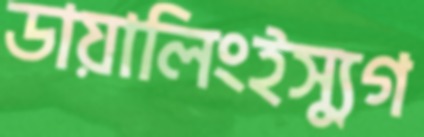
ডায়ালিংইস্যুগ